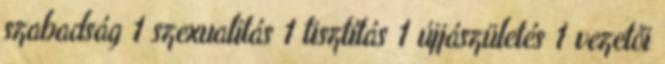
szabadság 1 szexualitás 1 tisztítás 1 újjászületés 1 vezetői